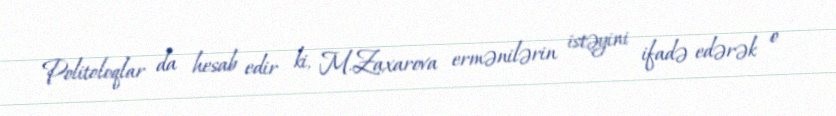
Politoloqlar da hesab edir ki, M.Zaxarova ermənilərin istəyini ifadə edərək o